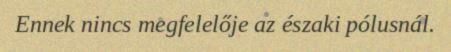
Ennek nincs megfelelője az északi pólusnál.